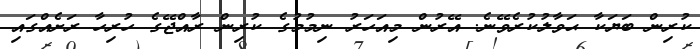
ކުރިން ބަޔަކާ ޙަވާލުކުރެވޭނެ. އޭރުން މިއަހަރު ނިމުމުގެ ކުރިން ރާއްޖޭގެ ހުރިހާ ރަށެއްގައި